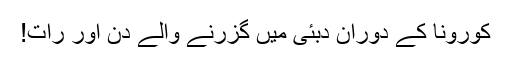
کورونا کے دوران دبئی میں گزرنے والے دن اور رات!